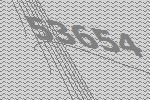
53654